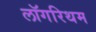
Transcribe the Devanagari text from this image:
लॉगरिथम